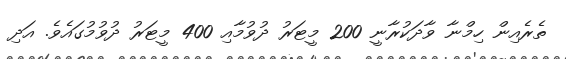
ތެރެއިން ހިމްނާ ވާދަކުރާނީ 200 މީޓަރު ދުވުމާއި 400 މީޓަރު ދުވުމުގައެވެ. އަދި